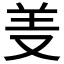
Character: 𱻊